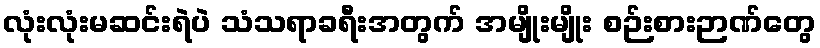
လုံးလုံးမဆင်းရဲပဲ သံသရာခရီးအတွက် အမျိုးမျိုး စဉ်းစားဉာဏ်တွေ